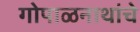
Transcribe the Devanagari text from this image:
गोपाळनाथांचे